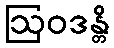
ဩဝဒန္တိ